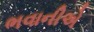
ભવાનીએ